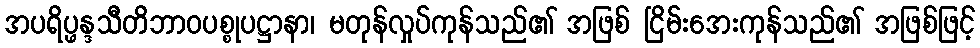
အပရိပ္ဖန္ဒသီတိဘာဝပစ္စုပဋ္ဌာနာ၊ မတုန်လှုပ်ကုန်သည်၏ အဖြစ် ငြိမ်းအေးကုန်သည်၏ အဖြစ်ဖြင့်